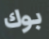
بوك